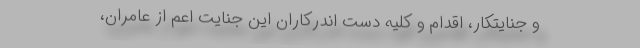
و جنایتکار، اقدام و کلیه‌ دست اندرکاران این جنایت اعم از عامران،